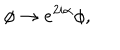
\phi \rightarrow e ^ { 2 i \alpha } \phi ,